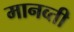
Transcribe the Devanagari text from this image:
मानव्ती